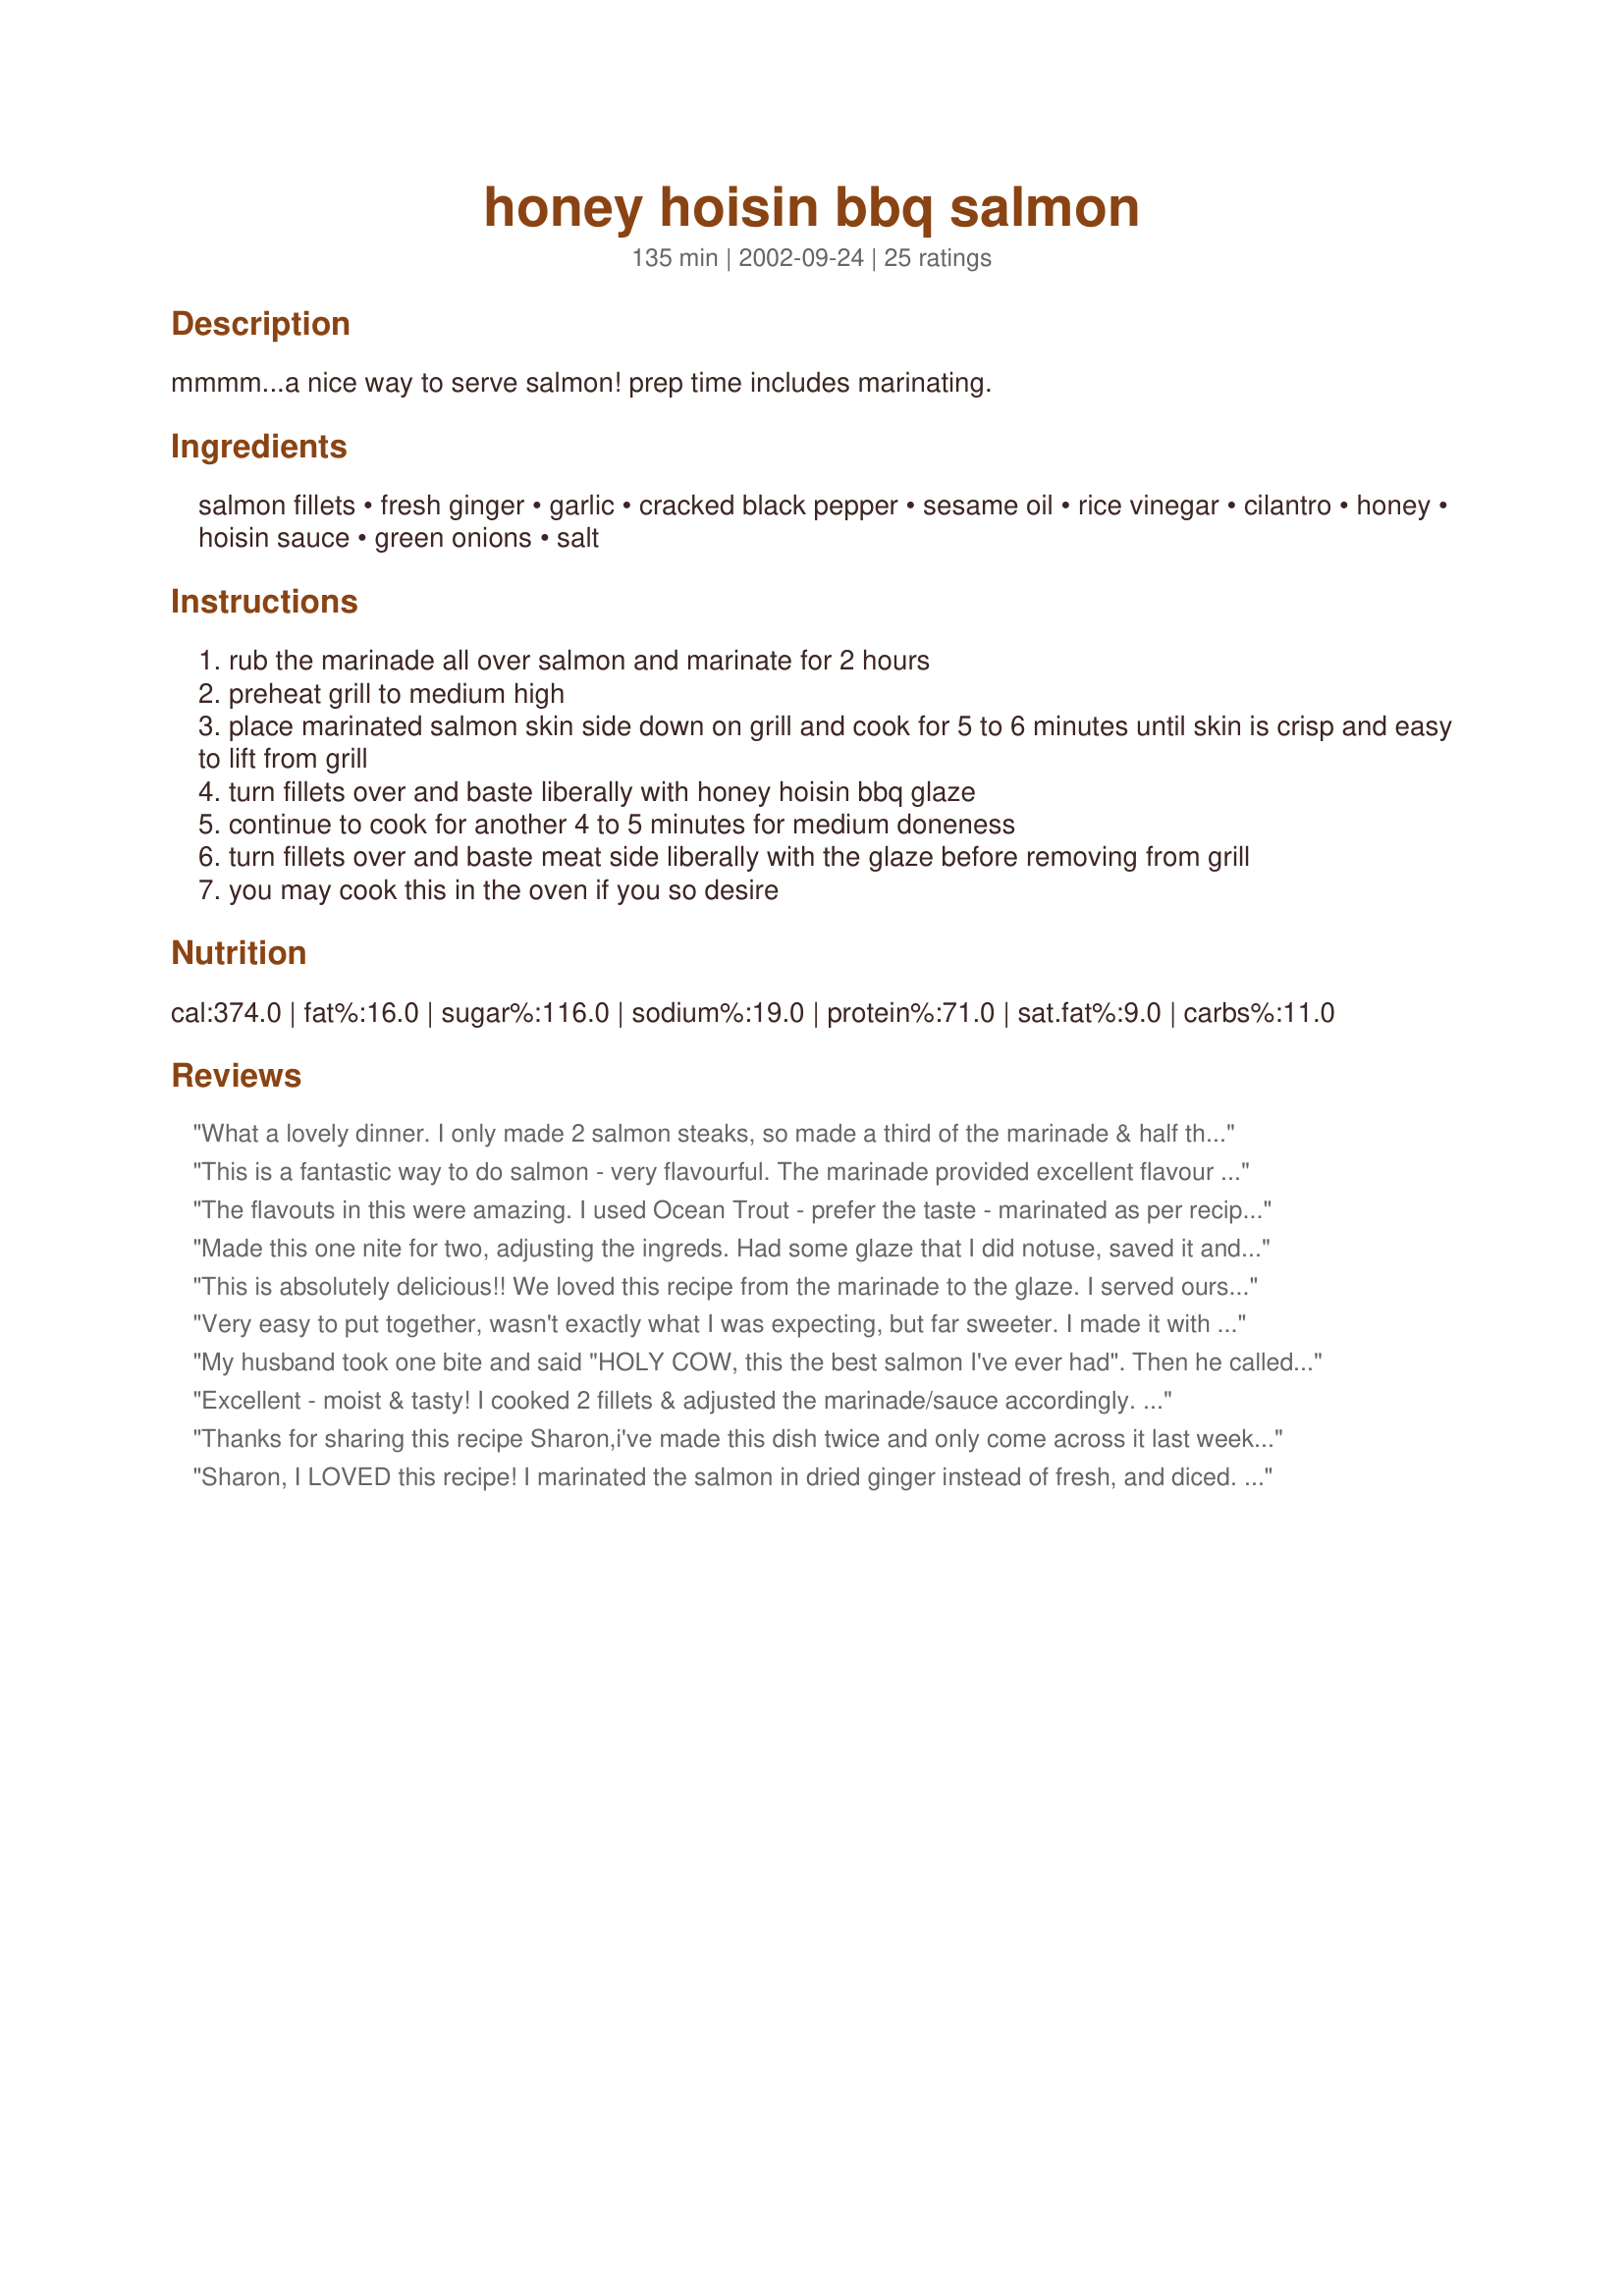
honey hoisin bbq salmon
Preparation time: 135 minutes

mmmm...a nice way to serve salmon! prep time includes marinating.

Ingredients:
salmon fillets, fresh ginger, garlic, cracked black pepper, sesame oil, rice vinegar, cilantro, honey, hoisin sauce, green onions, salt

Steps:
rub the marinade all over salmon and marinate for 2 hours
preheat grill to medium high
place marinated salmon skin side down on grill and cook for 5 to 6 minutes until skin is crisp and easy to lift from grill
turn fillets over and baste liberally with honey hoisin bbq glaze
continue to cook for another 4 to 5 minutes for medium doneness
turn fillets over and baste meat side liberally with the glaze before removing from grill
you may cook this in the oven if you so desire

Reviews:
What a lovely dinner. I only made 2 salmon steaks, so made a third of the marinade & half the glaze. This was easy to make & tasted great. Served with bbq vegies for a great Sunday lunch.
This is a fantastic way to do salmon - very flavourful. The marinade provided excellent flavour and the sauce was divine. Don't miss this one.
The flavouts in this were amazing. I used Ocean Trout - prefer the taste - marinated as per recipe, but coated cutlets in the sauce prior to bbq'ing. It was delicious.
Made this one nite for two, adjusting the ingreds. Had some glaze that I did notuse, saved it and brushed it on porkchops the next nite. Excellent! Will definately make again. Can't wait to use it on a pork roast and do it on the rotisserie on the bbq.
This is absolutely delicious!! We loved this recipe from the marinade to the glaze. I served ours over noodles with fresh vegetables and I topped it with some shrimp that I cooked in the glaze as well. I loved the flavour of the ginger, garlic and cilantro that came through it all just went together so well. A winner for us Sharon and this is one we will enjoy often.
Very easy to put together, wasn't exactly what I was expecting, but far sweeter. I made it with salmon and also with chicken, a bit too sweet for us in both instances, but good.
My husband took one bite and said "HOLY COW, this the best salmon I've ever had". Then he called his parents and invited them over next Tues. night for it. It's cold out so I decided to bake it. I followed Doreen's suggestion on the temp and baked it one side for 3 min., basted it and flipped it on the other side for 3 min., basted again and then flipped it again, basted a last time and broiled it for another 3 minutes. They were perfectly cooked. The marinade alone was fabulous and the flavors blended so well with the glaze. I served it with green beans sauteed in fermented black beans and rice - Yum! Thanks for a fabulous keeper!
Excellent - moist & tasty! I cooked 2 fillets & adjusted the marinade/sauce accordingly. Aside from using an upscale store brand, President's Choice Honey Hoisin Sauce combination, I followed the recipe verbatim. Thanx Sharon!
Thanks for sharing this recipe Sharon,i've made this dish twice and only come across it last week. Truly amazing!
Sharon, I LOVED this recipe! I marinated the salmon in dried ginger instead of fresh, and diced. fresh garlic instead of roasted, because that is what I had on hand, all other ingredients were exactly as stated. I prepared the glaze in a small pot on the stove and allowed it to get very thick for easy basting. I spooned it on the salmon, liberally, and still had some left to sneak on my potatoes and veggies. Cooked in a 375 oven, skin side down for 5 mins, turned, removed skin, brushed with glaze, 4 mins, turned, brushed with glaze and cooked for 2 mins. The flavor was awesome. The directions were very easy, also. I will definately be making this dish a lot. Oh, and I garnished with scallions, it was such a beautiful dish! Thanks for sharing!
Sharon thanks for posting this wonderful salmon recipe, I grilled these tonight, and I can hardly wait to make this recipe again, the marinade AND the glaze is SOOOOOO GOOD! Thanks so much for sharing this Sharon! Everyone try this salmon recipe, you won't be sorry!...Kitten:)
Great salmon recipe. Used in Recipe #424536 instead of the chicken. We will have this many times again.
I made this tonight and it was very good. The marinade and the sauce were delicious. I loved flying chef's presentation, so I steamed carrots, brocolli, and the asparagus. I usually use soba noodles when cooking Asian food, but tonight I used Knorr's teriayki packaged noodles which have veggies, but not many. I like my salmon done on a cedar plank on the grill, but because it was 15 degrees outside, I prepared this in the oven. the end result was very good. Not quite 5 stars. Will definitely make this again.
We loved this salmon -- it has such a wonderful flavor and presentation. Did not change a thing and wouldn&#039;t and we&#039;ll definitely be making this again. Made for PRMR, May, 2014.
Really impressed! I only marinated for an hour however and it still turned out delicious! I have two kids..one who is extremely picky..and after tasting it she said..."hmmm not bad mom." Which is a major compliment. Thanks for the recipe!
Delicious ! I made this with only two salmon fillets (having cut down the "sauce" portion of the recipe to 1/4). Cooked this in a dry non-stick pan on the stovetop. Served with rice noodles, which after I'd cooked them I then popped back into the pan I'd cooked the salmon in. There was plenty of great sauce left to coat the noodles. Thanks for posting !
Wow!....I made this for Easter and it was absolutely awesome. I would of rated it more than 5 stars if available.
Thank you Sharon, this will be my go to, easy, delicious, salmon recipe from now on.
The marinade on this smelled great. I think it was the glaze that I didn't care for. I don't know if it was the honey or hoisin but something just wasn't doing it for me. I'm gonna try without the glaze and see if I like it better.
This was another incredible zaar dish! I have never grilled salmon before and was nervous about it breaking apart all over the grill. Not only did it stay apart, but the flavor was out-of-this-world! I will definately make this again as we eat salmon a lot and now that it's almost summer, I now know I can grill it! Thank you for sharing this recipe! LA :-)
I didn't have salmon, but I thought this recipe sounded divine, so I used the marinade and sauce for about 3 lb. of cut up chicken pieces. Absolutely OUT OF THIS WORLD!!! I did cut back on the ginger a bit (just personal taste). I can't wait to try this on salmon, and maybe even steak! I served this with steamed white rice and egg rolls. Definitely a keeper!! Thank you, Sharon123!!!:)
~Manda
This is a truly delicious dish and very much worthy of company. I used salmon filets for this and cooked in the oven, basting occasionally and serving with additional barbecue glaze. Very quick and simple recipe. Thanks for another great recipe, Sharon! : )
This was OUT OF THIS WORLD!! Holy cow, it was awsome! I made it for dinner with rice and ceaser salad, and we all just thought we were in heaven! I didn't have any rice vinegar, so I used apple cider vinegar and used fresh parsley instead of cilantro. Try it, you will love it, really! Thanks for the great recipe Sharon123, and keep on posting those great ones, we really appreciate them!
A M A Z I N G !!!!
This is by far the best salmon recipe I have ever tried....I enjoyed every last bite! I just cooked mine in the oven on 350, and added the sauce when it was about 3/4 way done. I will be making this often, for sure..thank you for sharing!!
Although this took a lot of work, it was delicious and I really enjoyed it. Thank you!
Just wonderful! Easy & good. We are not fish eaters, but this disguised any fishy flavor. It was restaurant quality, without the restaurant price. I did use dried cilantro instead of fresh. Very good. I served alongside rice & salad. The family loved it. Thank you for posting!
